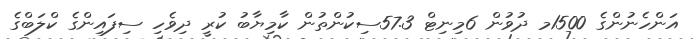
އަންހެނުންގެ 1500މ ދުވުން 6މިނިޓް 57.3ސިކުންތުން ކާމިޔާބު ކުރީ ދިވެހި ސިފައިންގެ ކްލަބްގެ